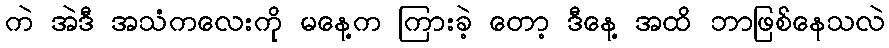
ကဲ အဲဒီ အသံကလေးကို မနေ့က ကြားခဲ့ တော့ ဒီနေ့ အထိ ဘာဖြစ်နေသလဲ